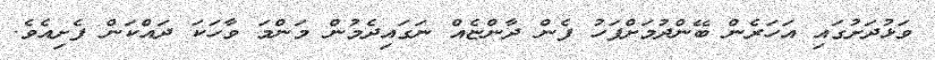
ވަޅުދަށުގައި އަހަރެން ބޭންދުމަށްފަހު ފެން ދާންޏެއް ނަގައިދެމުން މަންމަ ވާހަކަ ދައްކަން ފެށިއެވެ.